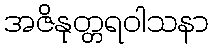
အဇိနုတ္တရဝါသနာ